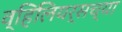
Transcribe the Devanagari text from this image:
व्हिलियर्सच्या